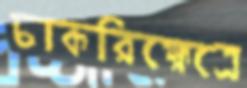
চাকরিক্ষেত্রে